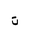
Letter: _ta